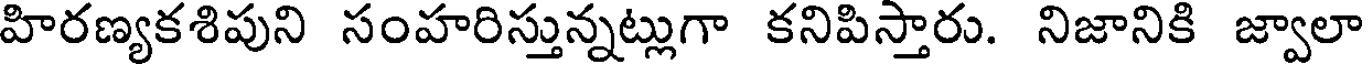
హిరణ్యకశిపుని సంహరిస్తున్నట్లుగా కనిపిస్తారు. నిజానికి జ్వాలా